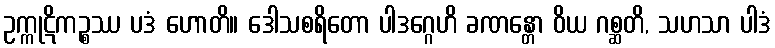
ဥက္ကုဋိကဉ္စဿ ပဒံ ဟောတိ။ ဒေါသစရိတော ပါဒဂ္ဂေဟိ ခဏန္တော ဝိယ ဂစ္ဆတိ, သဟသာ ပါဒံ